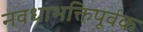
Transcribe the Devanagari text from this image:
नवधाभक्तिपूर्वक